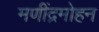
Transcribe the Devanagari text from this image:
मणींद्रमोहन